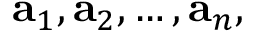
\mathbf { a } _ { 1 } , \mathbf { a } _ { 2 } , \ldots , \mathbf { a } _ { n } ,